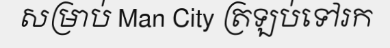
សម្រាប់ Man City ត្រឡប់ទៅរក